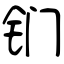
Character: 钔